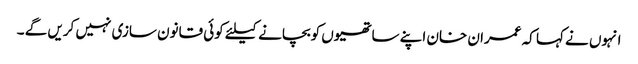
انہوں نے کہا کہ عمران خان اپنے ساتھیوں کوبچانے کیلئے کوئی قانون سازی نہیں کریں گے ۔